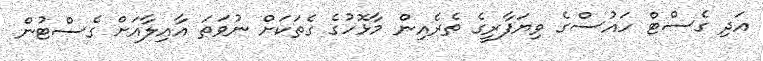
އަދި ގެސްޓް ހައުސްގެ ވިޔަފާރީގެ ތެރެއިން މާޅޮހުގެ ގެތަކަށް ނުވަތަ އާއިލާއަށް ގެސްޓުން